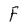
Character: F